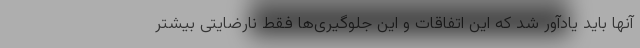
آنها باید یادآور شد که این اتفاقات و این جلوگیری‌ها فقط نارضایتی بیشتر